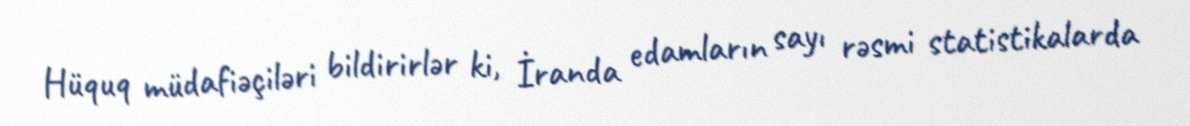
Hüquq müdafiəçiləri bildirirlər ki, İranda edamların sayı rəsmi statistikalarda